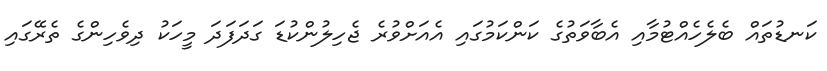
ކަނޑުތައް ބެލެހެއްޓުމާއި އެބާވަތުގެ ކަންކަމުގައި އެއަށްވުރެ ޖެހިލުންކުޑަ ގަދަފަދަ މީހަކު ދިވެހިންގެ ތެރޭގައި